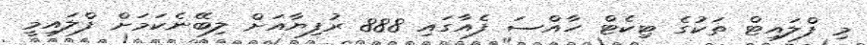
މި ފްލައިޓް ތަކުގެ ޓިކެޓް ހާއްސަ ފެއާގައި 888 ރުފިޔާއަށް ލިބޭނެކަމަށް ފްލައިމީ